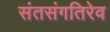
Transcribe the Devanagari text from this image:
संतसंगतिरेव